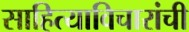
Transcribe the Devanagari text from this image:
साहित्याविचारांची